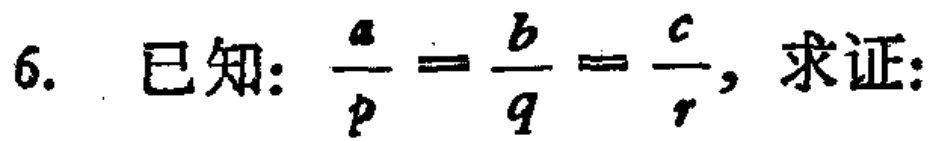
已知：$\frac{a}{p}=\frac{b}{q}=\frac{c}{r}$，求证：